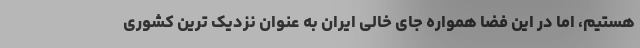
هستیم، اما در این فضا همواره جای خالی ایران به عنوان نزدیک ترین کشوری